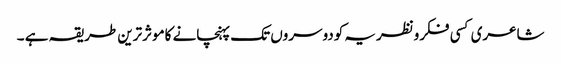
شاعری کسی فکرونظریہ کودوسروں تک پہنچانے کاموثرترین طریقہ ہے ۔